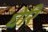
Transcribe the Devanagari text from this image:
घेरि